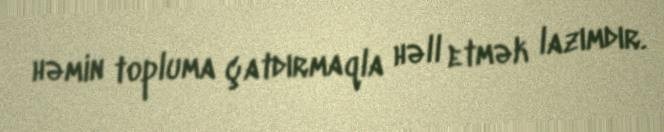
həmin topluma çatdırmaqla həll etmək lazımdır.